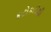
કટોકટીથી